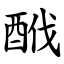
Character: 䣹